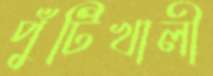
পুঁটিখালী